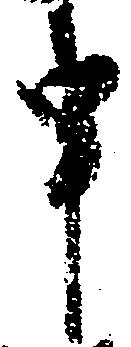
申